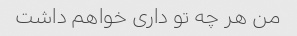
من هر چه تو داری خواهم داشت